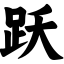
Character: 跃